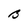
Character: B